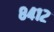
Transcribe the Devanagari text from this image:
८४१२